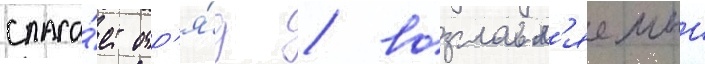
спаса́ет отр'я́д / возглавл'яемыи